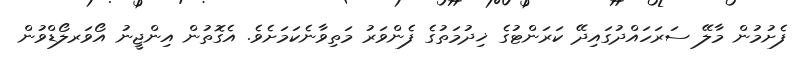
ފެށުމުން މާލޭ ސަރަހައްދުގައިދޭ ކަރަންޓުގެ ޚިދުމަތުގެ ފެންވަރު މަތިވާނެކަމަށެވެ. އެގޮތުން އިންޖީނު އޯވަރލޯޑްވުން